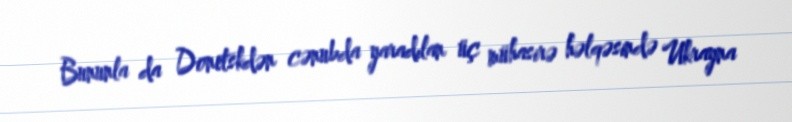
Bununla da Donetskdən cənubda yaradılan üç mühasirə həlqəsində Ukrayna